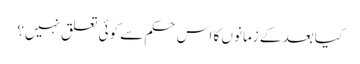
کیا بعد کے زمانوں کا اس حکم سے کوئی تعلق نہیں؟